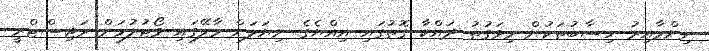
ނިންމާއިރު ހިސާބުތަކުން މިވަގުތު ދައްކާ ގޮތުގައި އިއްޔެގެ ނިޔަލަށް މާލޭގައި ވޯޓުލުމަށް ރަޖިސްޓްރީ